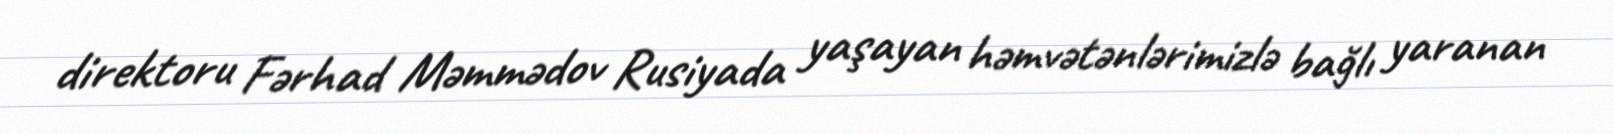
direktoru Fərhad Məmmədov Rusiyada yaşayan həmvətənlərimizlə bağlı yaranan